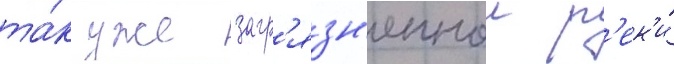
та́к уже загр'язн'еннои р'ек'и́